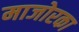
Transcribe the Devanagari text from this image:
माजोरका